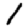
Digit: 1